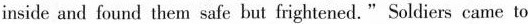
inside and found them safe but frightened. " Soldiers came to